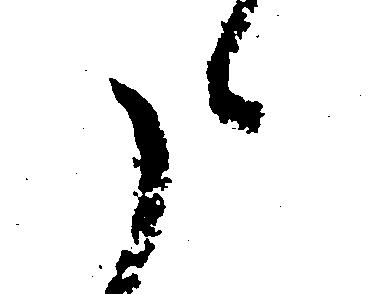
た